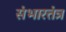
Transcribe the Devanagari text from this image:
संभारतंत्र